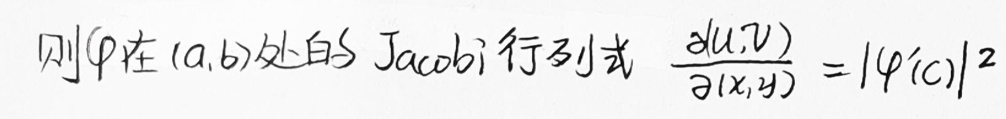
则$\varphi$在$(a,b)$处的 Jacobi 行列式 $\frac{\partial(u,v)}{\partial(x,y)} = |\varphi'(c)|^2$